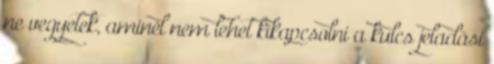
ne vegyetek, aminél nem lehet kikapcsolni a kulcs jeladási